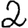
Digit: 2